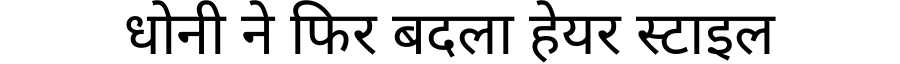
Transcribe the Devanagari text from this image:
धोनी ने फिर बदला हेयर स्टाइल